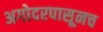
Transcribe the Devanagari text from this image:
अगोदरपासूनच